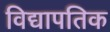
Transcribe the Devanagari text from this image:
विद्यापतिक